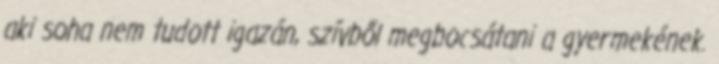
aki soha nem tudott igazán, szívből megbocsátani a gyermekének.